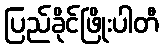
ပြည်ခိုင်ဖြိုးပါတီ